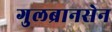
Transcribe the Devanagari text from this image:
गुलब्रानसेन